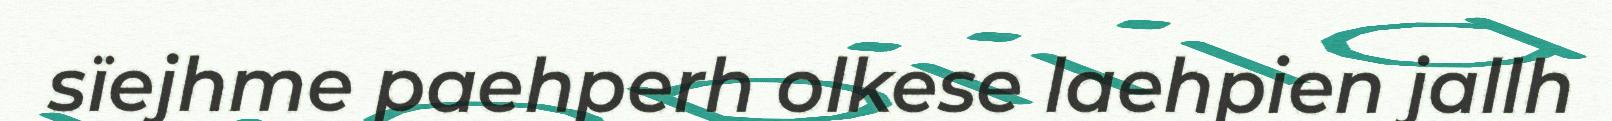
sïejhme paehperh olkese laehpien jallh